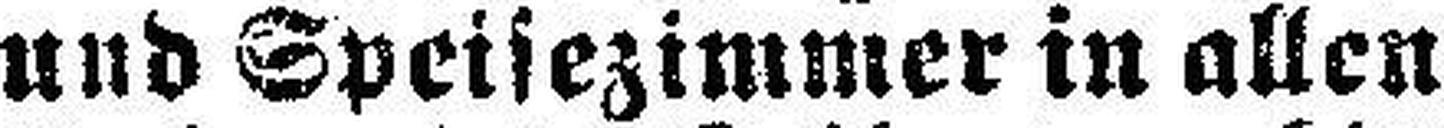
und Speisezimmer in allen